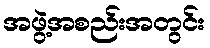
အဖွဲ့အစည်းအတွင်း